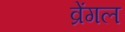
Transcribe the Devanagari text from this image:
व्रेंगल